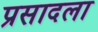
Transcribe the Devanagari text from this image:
प्रसादला